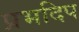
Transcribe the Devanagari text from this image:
प्रभदिप